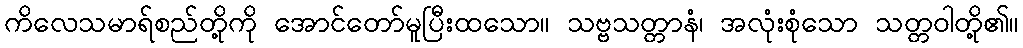
ကိလေသမာရ်စည်တို့ကို အောင်တော်မူပြီးထသော။ သဗ္ဗသတ္တာနံ၊ အလုံးစုံသော သတ္တဝါတို့၏။